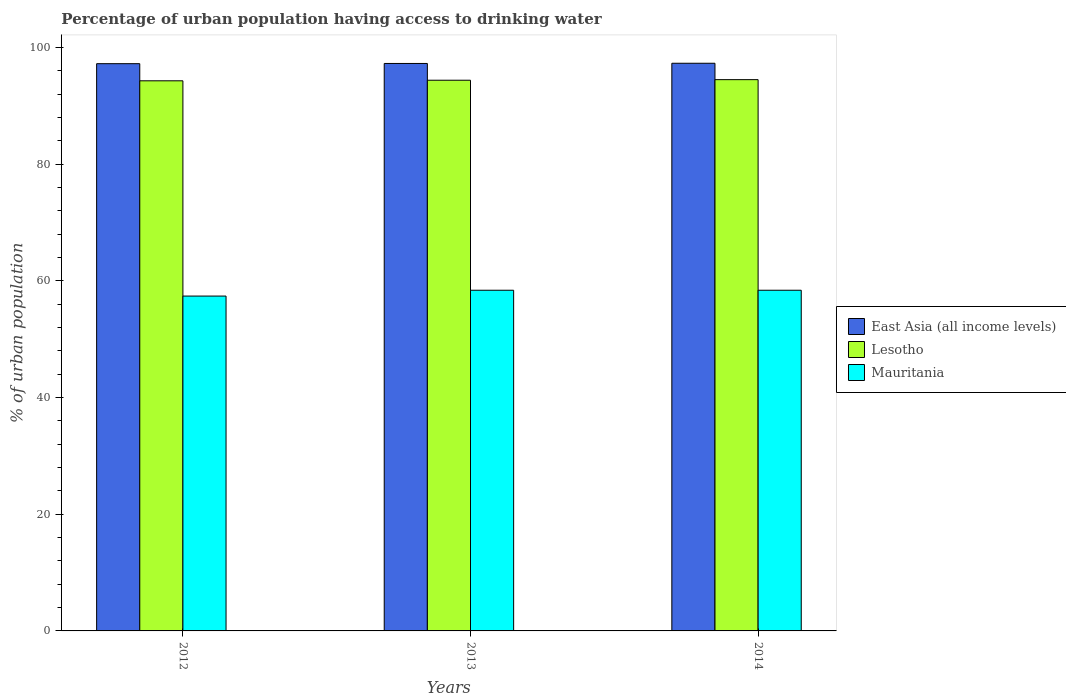
| Years | East Asia (all income levels) | Lesotho | Mauritania |
 | --- | --- | --- | --- |
 | 2012 | 97.2 | 94.3 | 57.4 |
 | 2013 | 97.3 | 94.4 | 58.4 |
 | 2014 | 97.3 | 94.5 | 58.4 |